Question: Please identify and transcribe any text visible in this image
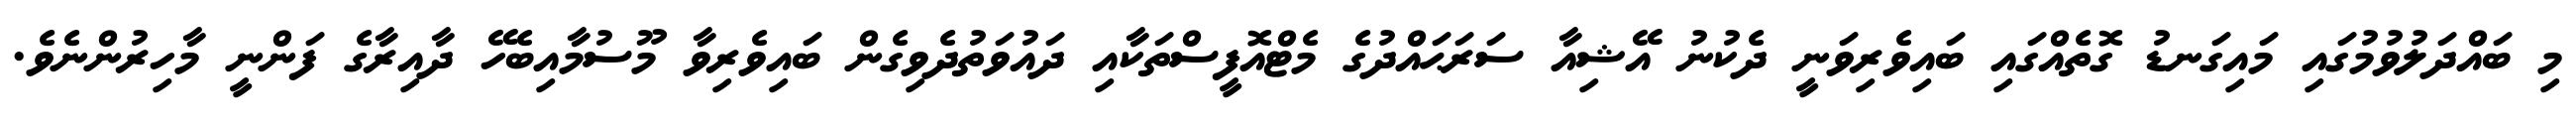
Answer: މި ބައްދަލުވުމުގައި މައިގަނޑު ގޮތެއްގައި ބައިވެރިވަނީ ދެކުނު އޭޝިއާ ސަރަޙައްދުގެ މެޓްއޮފީސްތަކާއި ދައުވަތުދެވިގެން ބައިވެރިވާ މޫސުމާއިބެހޭ ދާއިރާގެ ފަންނީ މާހިރުންނެވެ.